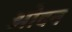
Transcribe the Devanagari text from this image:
ओदन